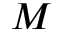
M